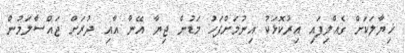
ޚިޔާލަކަށް ގެއްލިފައި އިރުކޮޅަކު އިނުމަށްފަހު މަޑުން ޖިޔާ އޭނާ އާއި ދުރަށް ޖައްސާލަމުން